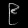
Digit: ၉